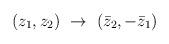
LaTeX: \begin{align*}(z_{1},z_{2}) ~\rightarrow ~(\bar z_{2}, -\bar z_{1})\end{align*}